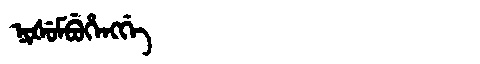
Manchu: ᠨᡳᡧᡠᠮᠪᡠᡥᡝᠩᡤᡝ
Romanization: NIŠUMBUHENGGE